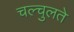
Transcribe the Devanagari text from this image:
चल्चुलते